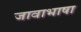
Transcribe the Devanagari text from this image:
जावाभाषा